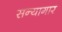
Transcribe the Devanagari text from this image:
सन्यागार